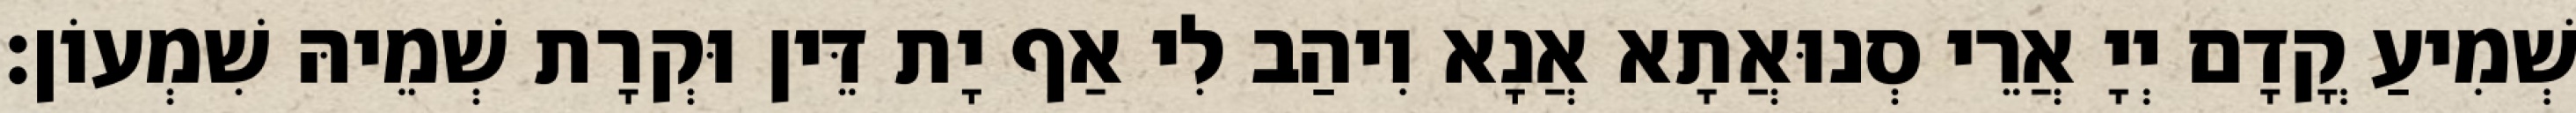
שְׁמִיעַ קֳדָם יְיָ אֲרֵי סְנוּאֲתָא אֲנָא וִיהַב לִי אַף יָת דֵּין וּקְרָת שְׁמֵיהּ שִׁמְעוֹן׃